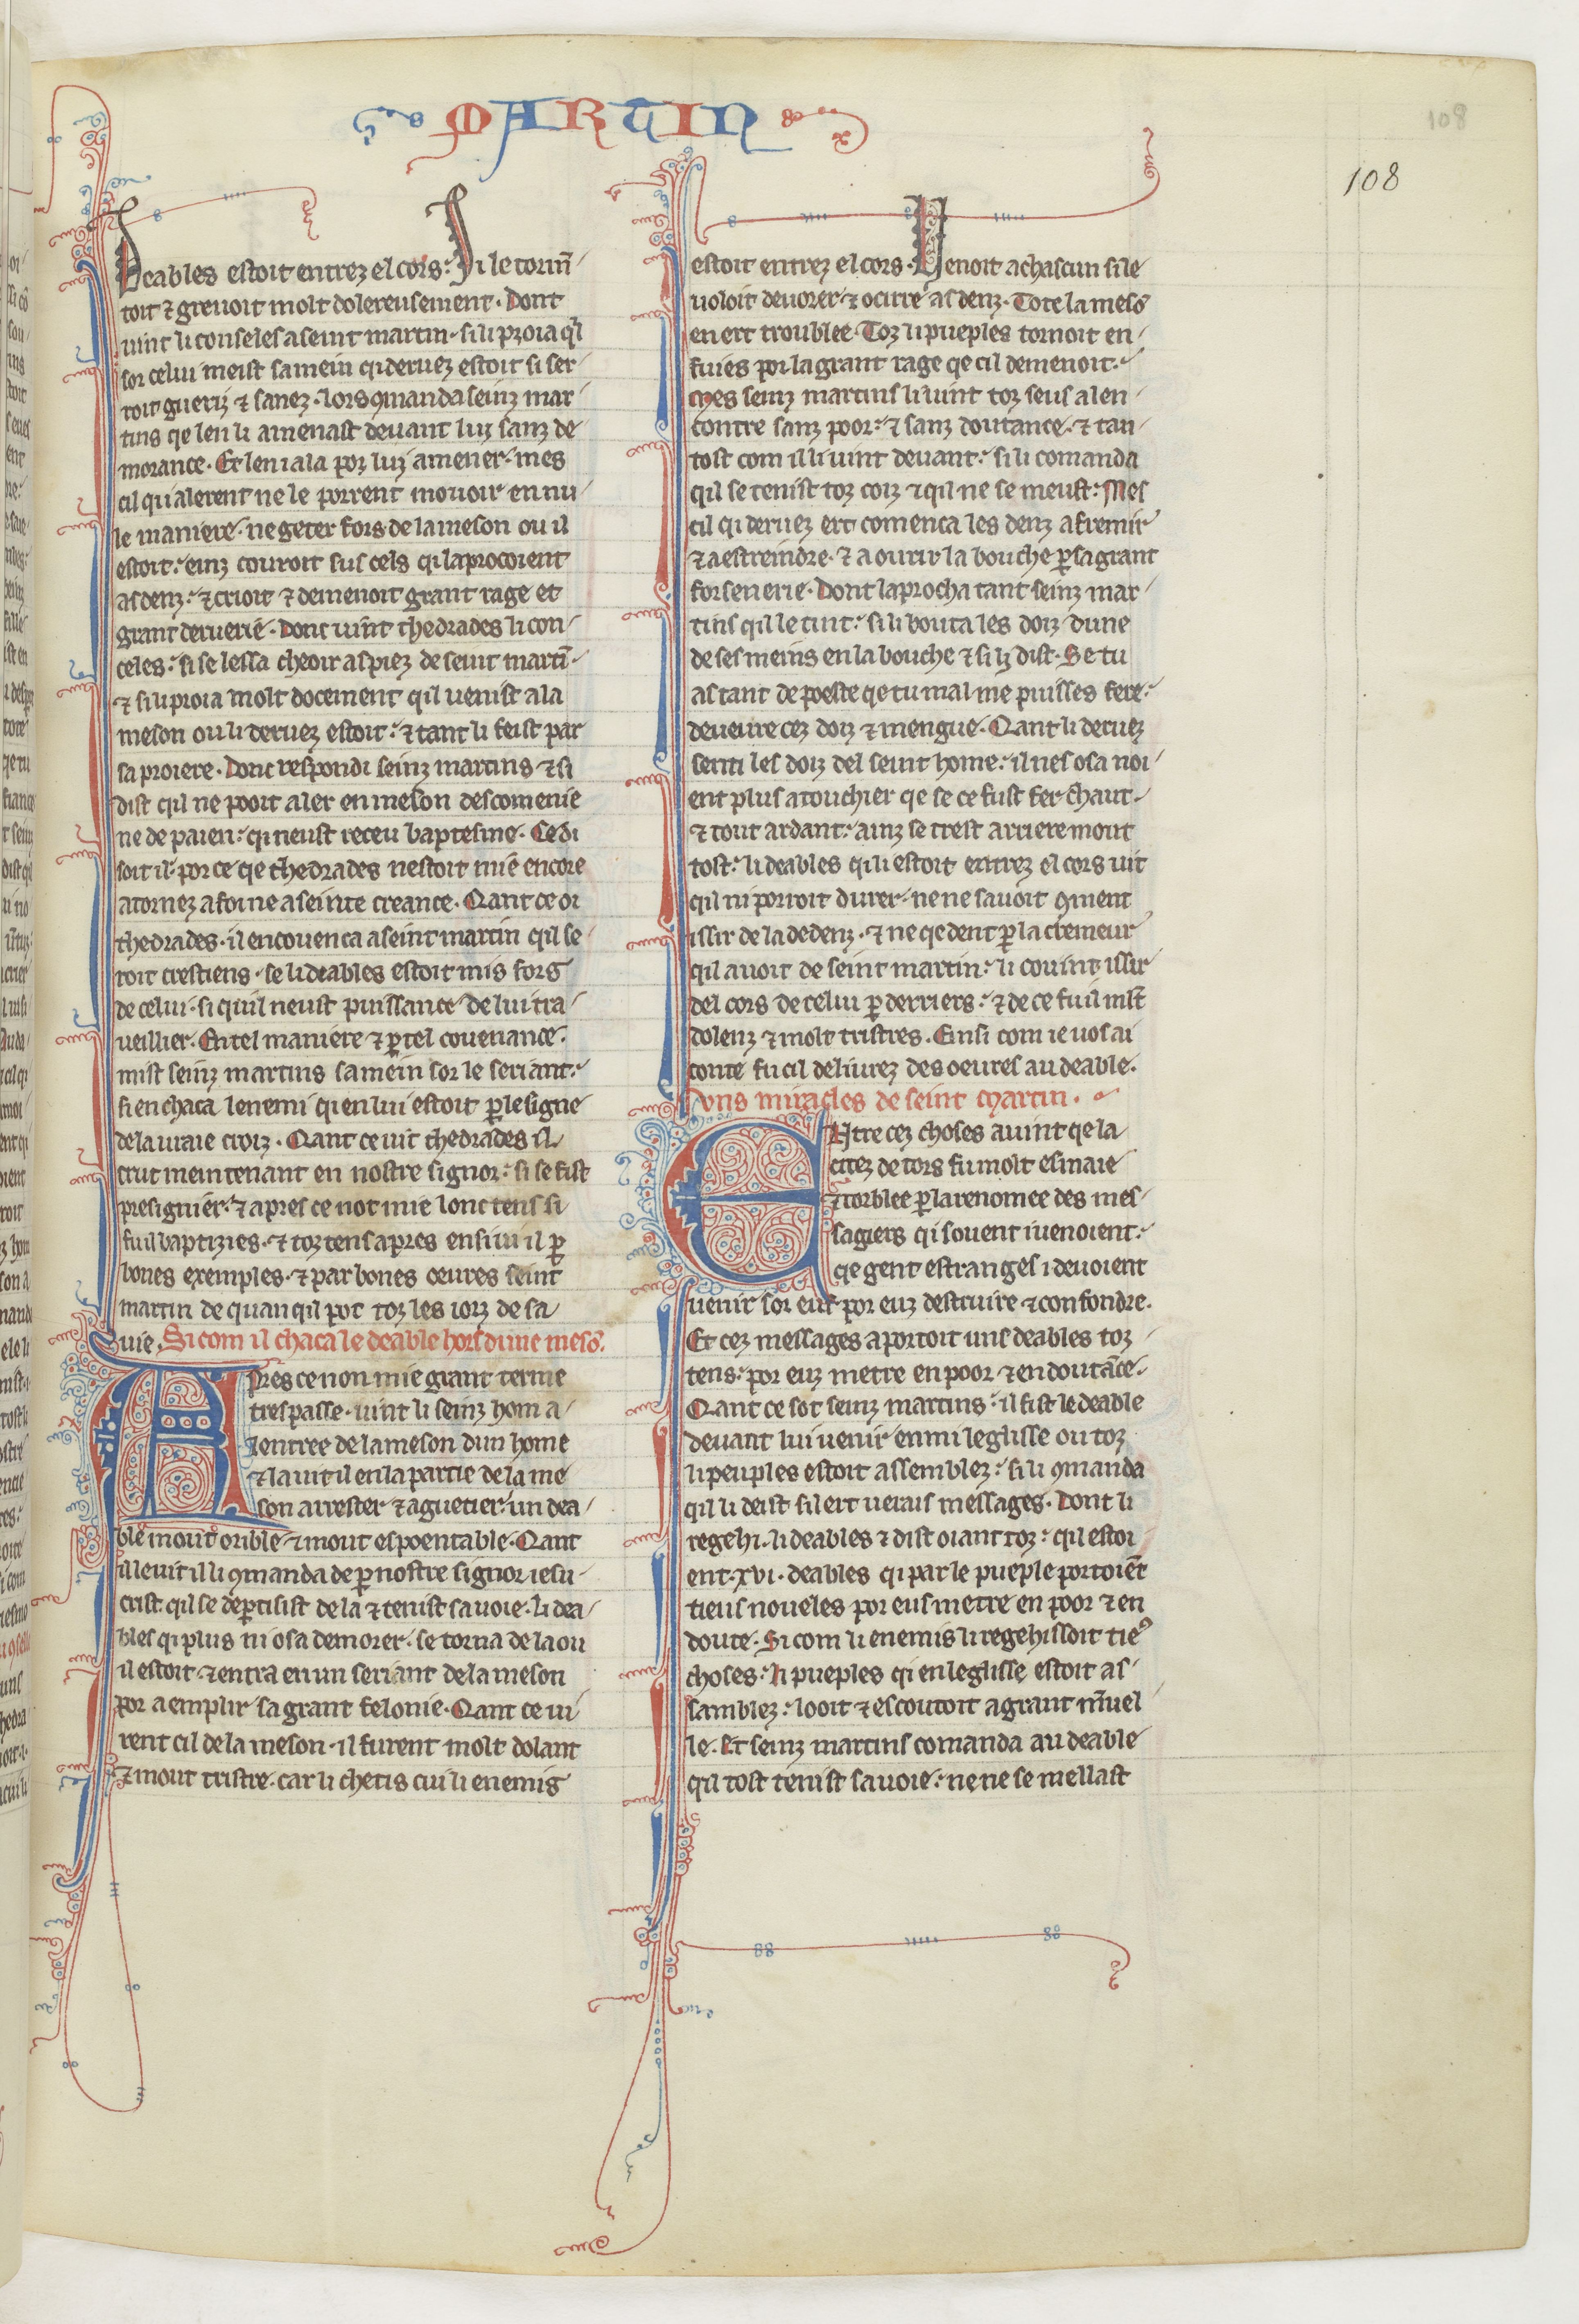
Shelfmark: Paris, BnF, fr. 412
Century: 13